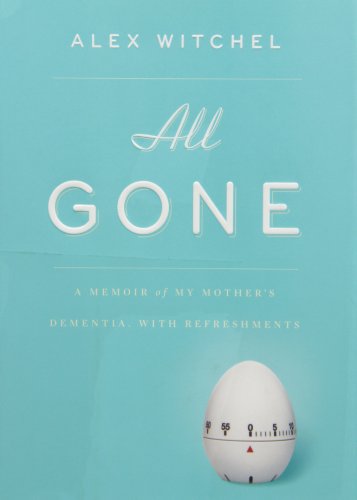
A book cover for All Gone: A Memoir of My Mother's Dementia. With Refreshments; Alex Witchel; Health, Fitness & Dieting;